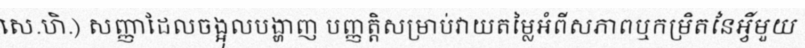
(សេ.ហិ.) សញ្ញាដែលចង្អុលបង្ហាញ បញ្ញត្តិសម្រាប់វាយតម្លៃអំពីសភាពឬកម្រិតនៃអ្វីមួយ :